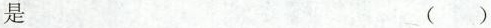
是 ( )